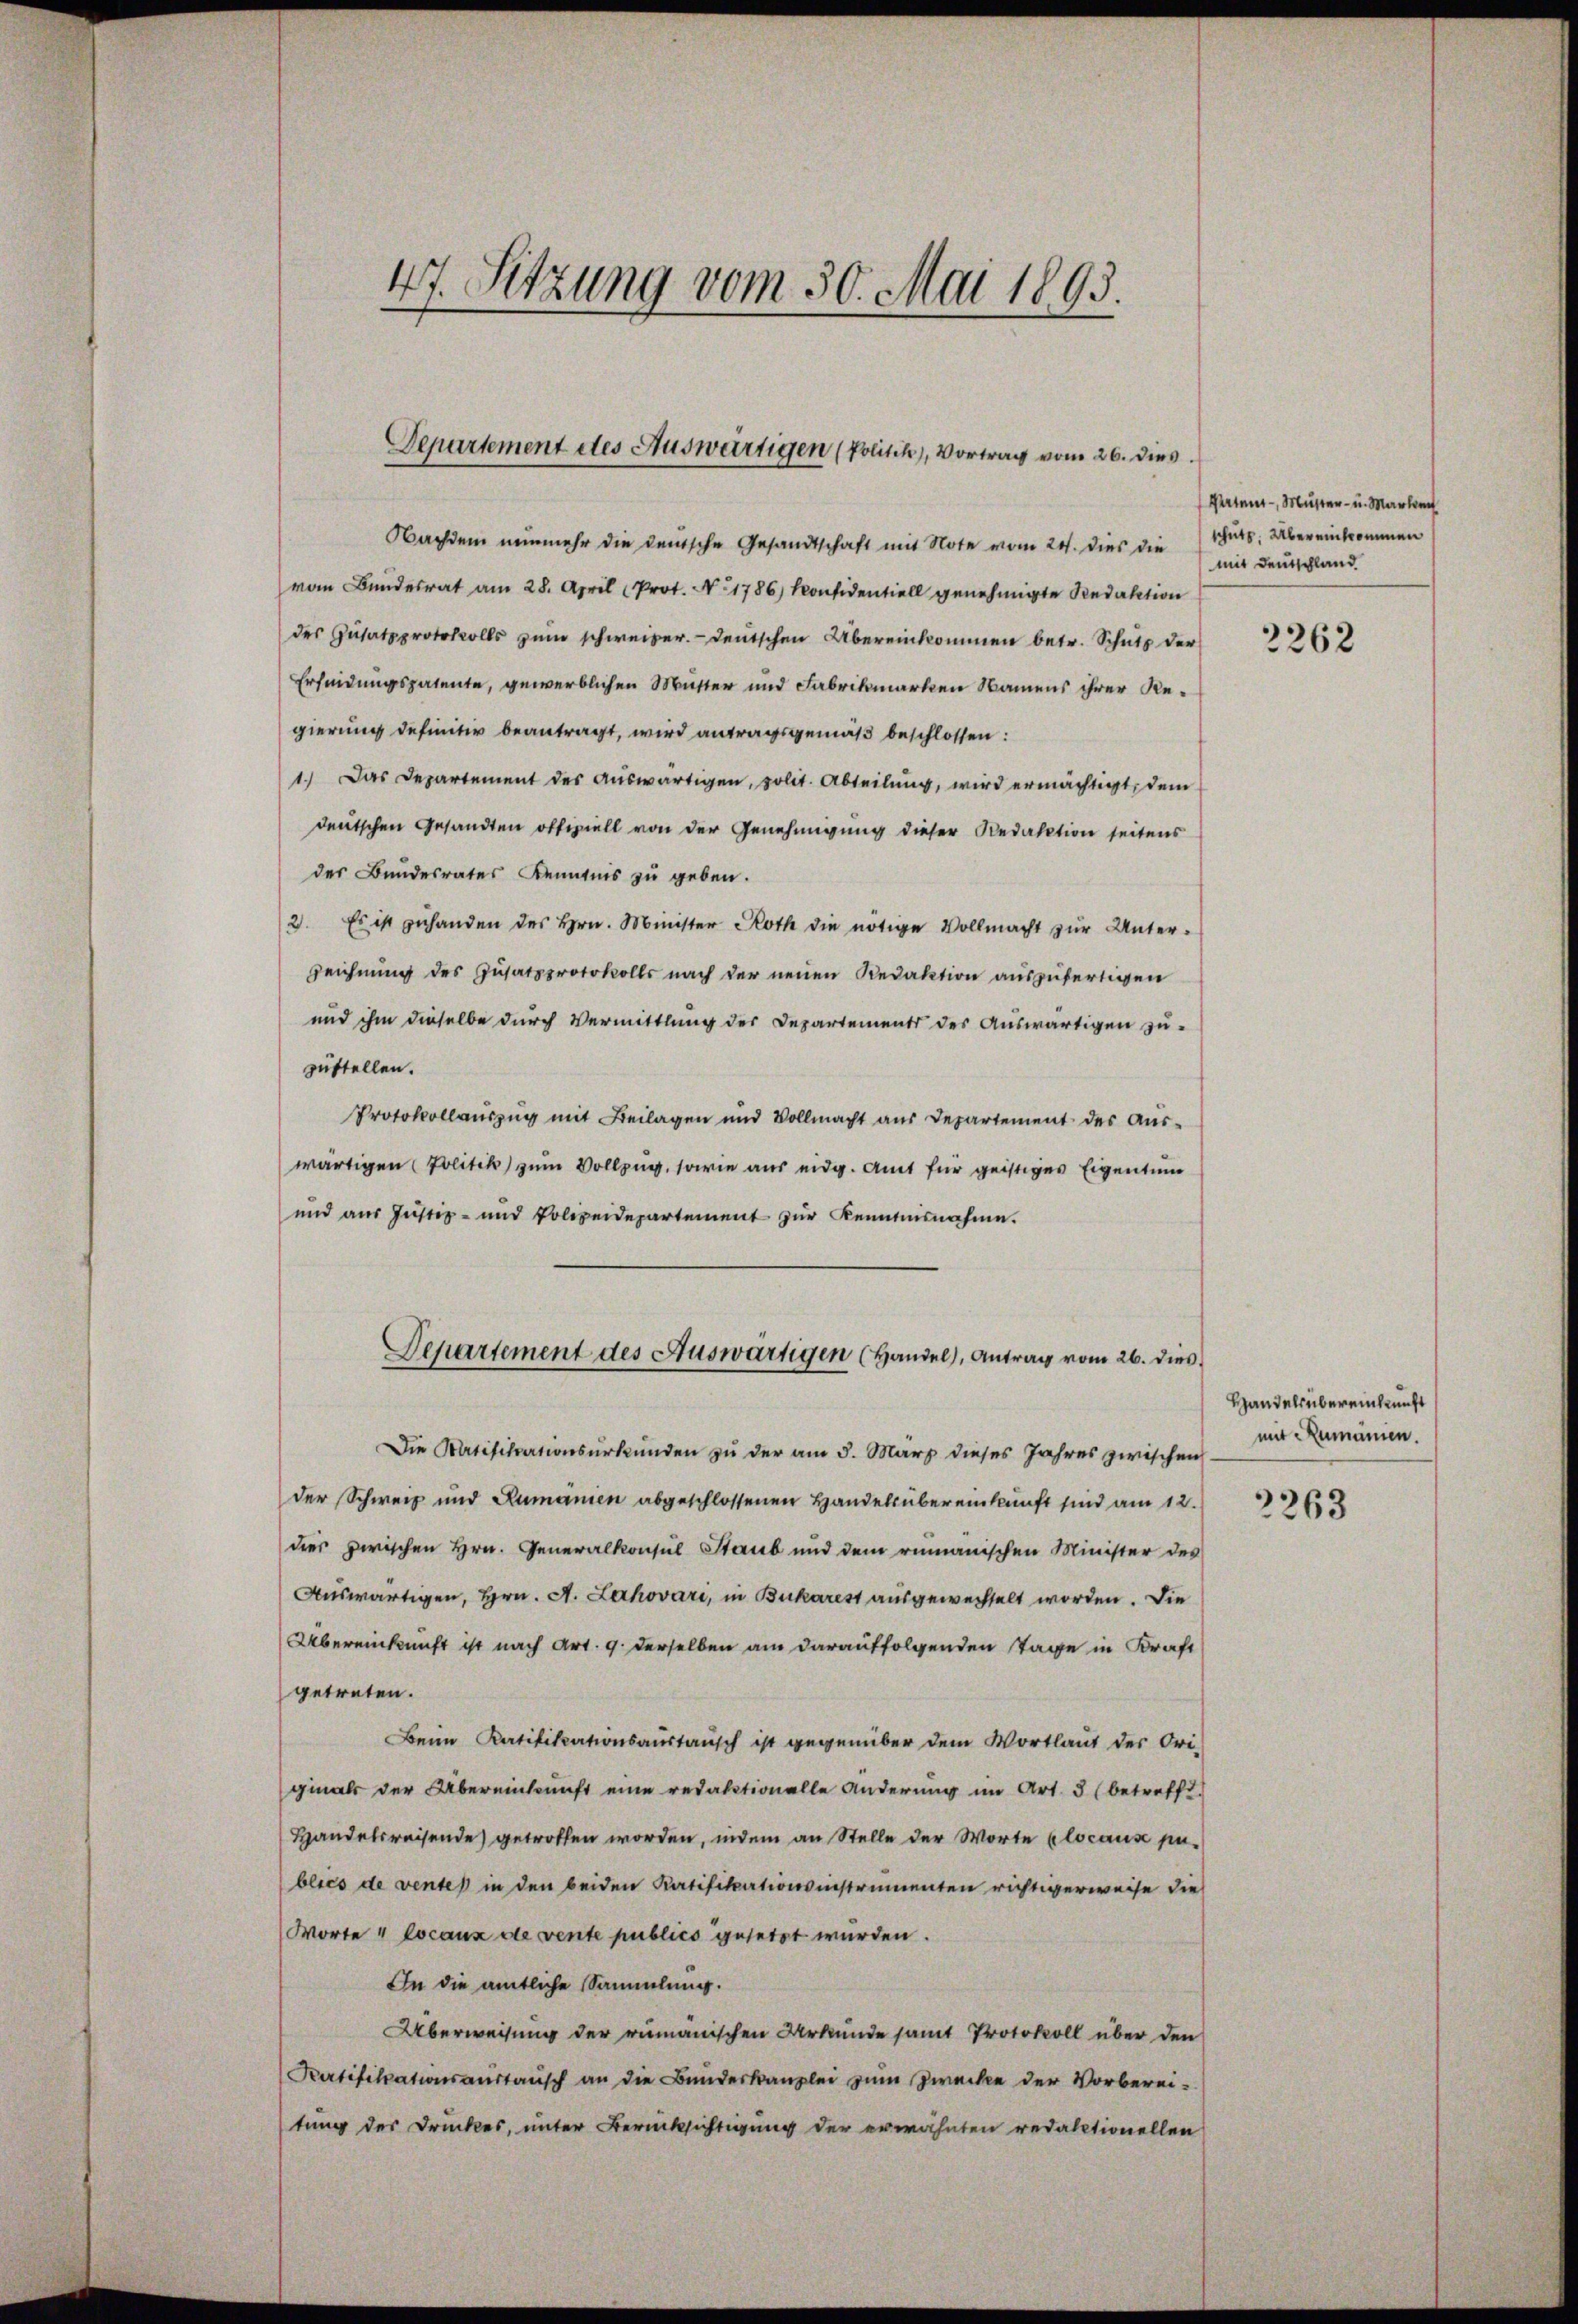
47. Sitzung vom 30. Mai 1893.

Departement etes Auswärtigen (Politik), Vortrag vom 26. dies

Nachdem nunmehr die densche Gesandtschaft mit Note vom 24. dies die Schut. Übereinkommen
vom Bundesrat am 28. April (Prot. N. 1786) Konsidentiell genehmigte Redaktion
des Gŭtatzprotokolls zum schweizer. Deutschen Übereinkommen betr. Schutz der
Erleidungspatente, gewerblichen Mutter und Fabrikmarken Namens ihrer Regierung definitiv beantragt, wird antragsgemäß beschlossen:
1.) Das Departement des auswärtigen, polit. Abteilung, wird ermächtigt, dem
deutschen Gesandten offiziell von der Genehmigung dieser Redaktion seitens
des Bundesrates Kenntnis zu geben.
2. Es ist zŭ handen des Hrn. Minister Roth die nötige Vollmacht zŭr Unter-
Zeichnung des Zusatzprotokolls nach der neuen Redaktion auszufertigen
und ihm dieselbe durch Vermittlung der Departements des Auswärtigen zuzustellen.
Protokollauszug mit Beilagen und Vollmacht aus Departement des Aus-
wärtigen Politik zum Vollzug, sowie aus eidg. Amt für geistiges Eigentum
und aus Justiz- und Polizeidepartement zŭr Kenntnisnahme.
Departement des Auswärtigen (Handel), Antrag vom 26. dies
Die Ratifikationsurkunden zu der am 5. März dieses Jahres zwischen
der Schweiz und Rumänien abgeschlossenen Handels übereinkunft sind am 12.
dies zwischen Hrn. Generalkonsul Staub und dem rumänischen Minister des
Auswärtigen, Hrn. A. Lakovari, in Bukarest ausgewechselt worden. Die
Übereinkunft ist nach Art. 9. derselben am darauffolgenden Tage in Kraft
getreten.
Beim Ratifikationsaustausch ist gegenüber dem Wortlaut der Ori-
ginals der Übereinkunft eine redaktionalle Anderŭng im Art. 3 (betrefft.
Handelsreisende getroffen worden, indem an Stelle der Worte locause pu-
blico de ventes in den beiden Ratifikationsinstrumenten richtigerweise die
Worte " Locaux die vente publico gesetzt wurden.
In die amtliche Sammlung.
Überweisung der rumänischen Urkunde samt Protokoll über den
Ratifikationsanstausch an die Bundeskanzlei zŭm Zwecke der Vorberei-
tung des Druckes, unter Berücksichtigung der erwähnten redaktionellen

Patent, Muster- u. Martien
mit Deutschland

2262

Handels übereinkunft
mit Rumänien.

2263